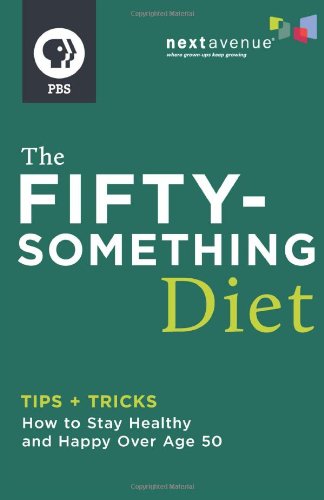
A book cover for The Fiftysomething Diet: How to Stay Healthy and Happy over Age 50; Next Avenue; Health, Fitness & Dieting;